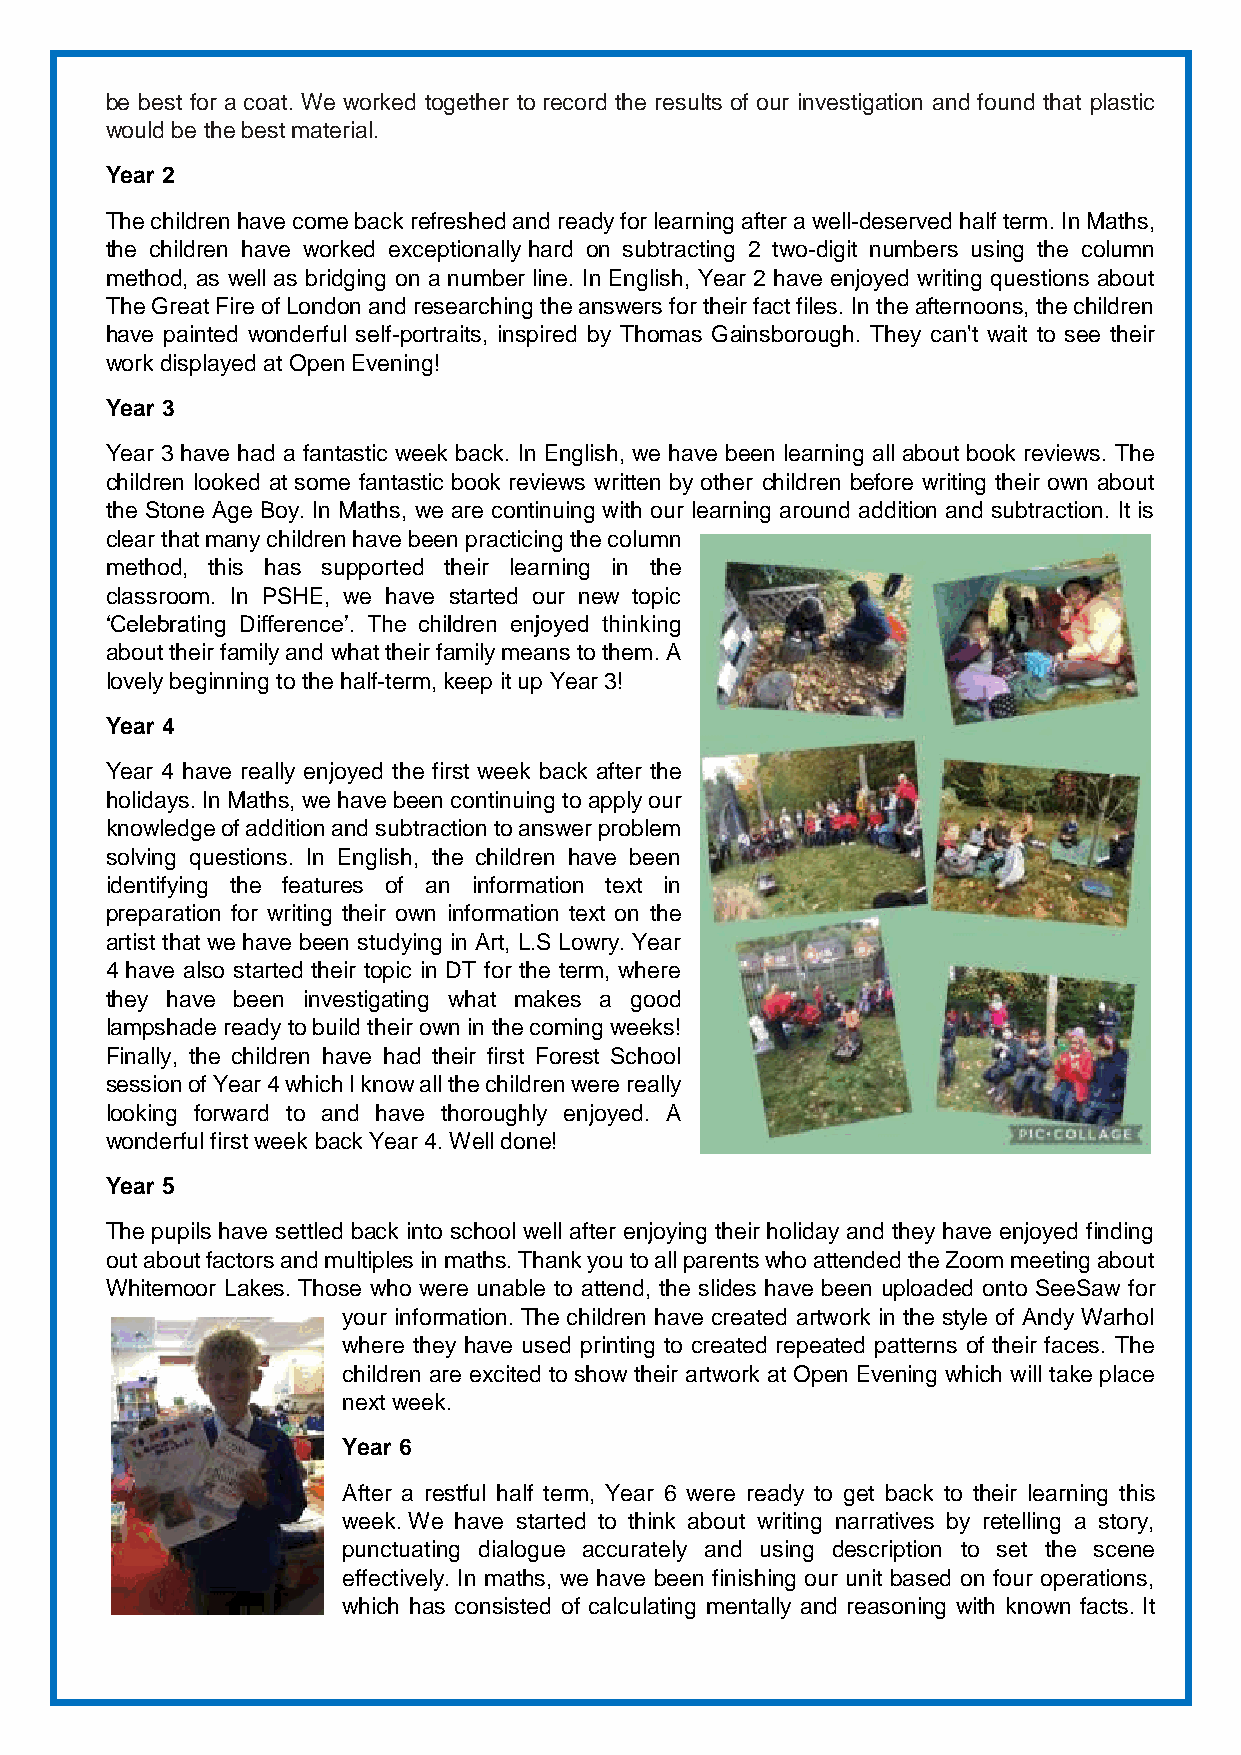
be best for a coat. We worked together to record the results of our investigation and found that plastic
 would be the best material.
 Year 2
 The children have come back refreshed and ready for learning after a well-deserved half term. In Maths,
 the children have worked exceptionally hard on subtracting 2 two-digit numbers using the column
 method, as well as bridging on a number line. In English, Year 2 have enjoyed writing questions about
 The Great Fire of London and researching the answers for their fact files. In the afternoons, the children
 have painted wonderful self-portraits, inspired by Thomas Gainsborough. They can't wait to see their
 work displayed at Open Evening!
 Year 3
 Year 3 have had a fantastic week back. In English, we have been learning all about book reviews. The
 children looked at some fantastic book reviews written by other children before writing their own about
 the Stone Age Boy. In Maths, we are continuing with our learning around addition and subtraction. It is
 clear that many children have been practicing the column
 method, this has supported their learning in the
 classroom. In PSHE, we have started our new topic
 ‘Celebrating Difference’. The children enjoyed thinking
 about their family and what their family means to them. A
 lovely beginning to the half-term, keep it up Year 3!
 Year 4
 Year 4 have really enjoyed the first week back after the
 holidays. In Maths, we have been continuing to apply our
 knowledge of addition and subtraction to answer problem
 solving questions. In English, the children have been
 identifying the features of an information text in
 preparation for writing their own information text on the
 artist that we have been studying in Art, L.S Lowry. Year
 4 have also started their topic in DT for the term, where
 they have been investigating what makes a good
 lampshade ready to build their own in the coming weeks!
 Finally, the children have had their first Forest School
 session of Year 4 which I know all the children were really
 looking forward to and have thoroughly enjoyed. A
 wonderful first week back Year 4. Well done!
 Year 5
 The pupils have settled back into school well after enjoying their holiday and they have enjoyed finding
 out about factors and multiples in maths. Thank you to all parents who attended the Zoom meeting about
 Whitemoor Lakes. Those who were unable to attend, the slides have been uploaded onto SeeSaw for
 your information. The children have created artwork in the style of Andy Warhol
 where they have used printing to created repeated patterns of their faces. The
 children are excited to show their artwork at Open Evening which will take place
 next week.
 Year 6
 After a restful half term, Year 6 were ready to get back to their learning this
 week. We have started to think about writing narratives by retelling a story,
 punctuating dialogue accurately and using description to set the scene
 effectively. In maths, we have been finishing our unit based on four operations,
 which has consisted of calculating mentally and reasoning with known facts. It